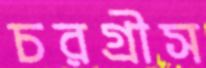
চরগ্রীস